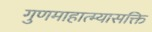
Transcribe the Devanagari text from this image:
गुणमाहात्म्यासक्ति